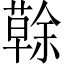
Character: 𦾠